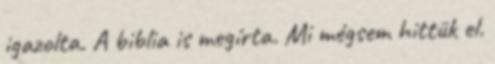
igazolta. A biblia is megírta. Mi mégsem hittük el.